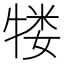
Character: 𬌥